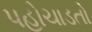
પહોચાડતો